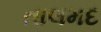
તાલમદ